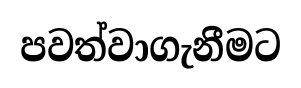
පවත්වාගැනීමට